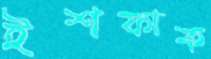
ইশফাক